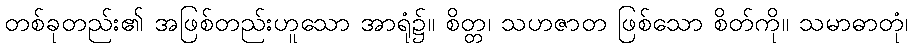
တစ်ခုတည်း၏ အဖြစ်တည်းဟူသော အာရုံ၌။ စိတ္တ၊ သဟဇာတ ဖြစ်သော စိတ်ကို။ သမာဓာတုံ၊